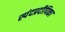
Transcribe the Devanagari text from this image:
स्पंदप्रदीपिका